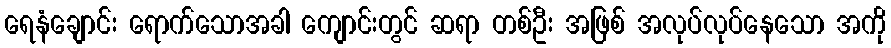
ရေနံချောင်း ရောက်သောအခါ ကျောင်းတွင် ဆရာ တစ်ဦး အဖြစ် အလုပ်လုပ်နေသော အကို